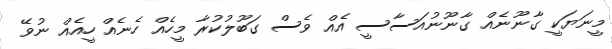
މީނަޔަކީ ގާނޫނެއް ގާނޫނުއަސާސީ އެއް ވެސް ގަބޫލުކުރާ މީހެއް ހެނެއް ހީއެއް ނުވޭ